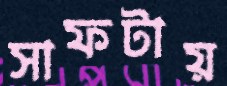
সাফটায়